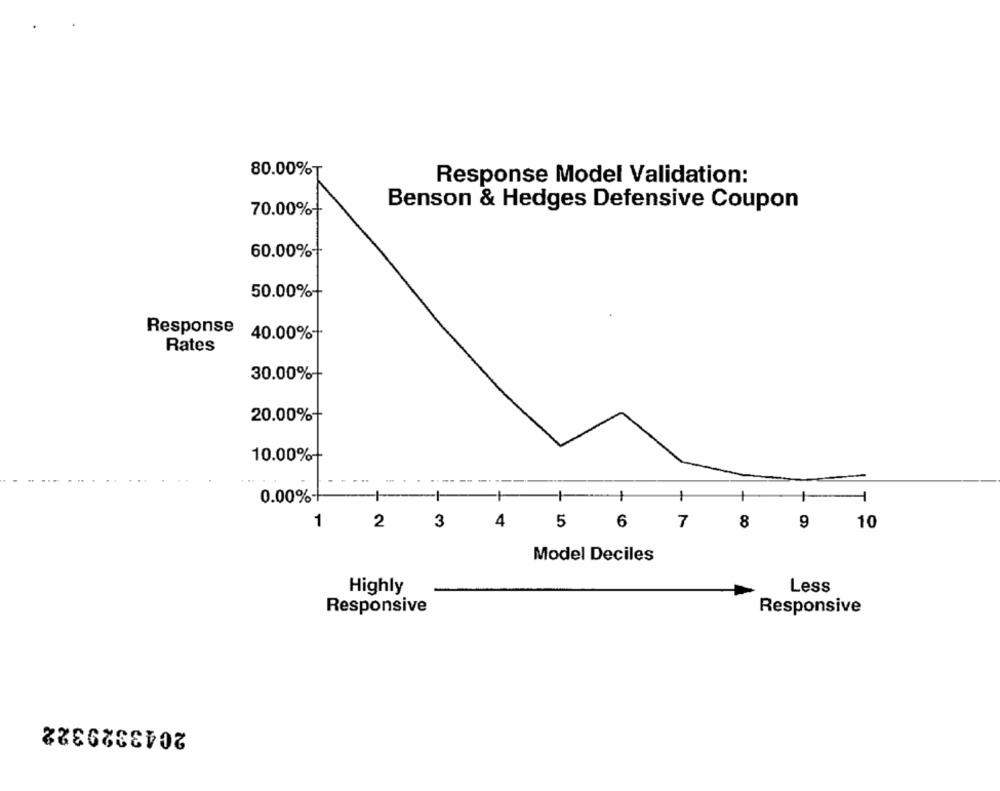
80.00%
Response Model Validation:
Benson & Hedges Defensive Coupon
70.00%+
60.00%-
50.00%-
Response
40.00%
Rates
30.00%-
20.00%
10.00%-
0.00%-
+
1
2
3
4
-5
6
7
8
9
10
Model Deciles
Highly
Less
Responsive
Responsive
2043329322